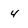
Character: 4